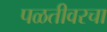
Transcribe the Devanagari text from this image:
पळतीवरचा